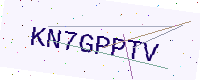
Text: KN7GPPTV